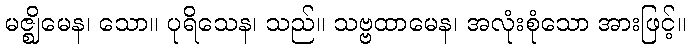
မဇ္ဈိမေန၊ သော။ ပုရိသေန၊ သည်။ သဗ္ဗထာမေန၊ အလုံးစုံသော အားဖြင့်။